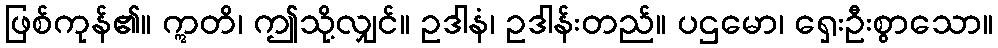
ဖြစ်ကုန်၏။ ဣတိ၊ ဤသို့လျှင်။ ဥဒါနံ၊ ဥဒါန်းတည်။ ပဌမော၊ ရှေးဦးစွာသော။